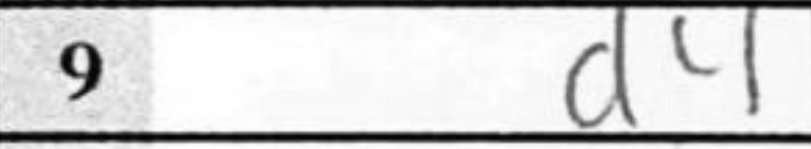
Transcription: d4